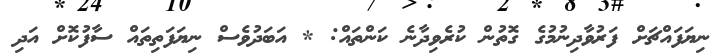
ނިޔަފައްޗަށް ފަރުވާދިނުމުގެ ގޮތުން ކުރެވިދާނެ ކަންތައް: * އަބަދުވެސް ނިޔަފަތިތައް ސާފުކޮށް އަދި